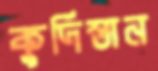
কুর্দিস্তান